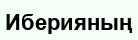
Иберияның